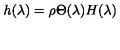
h ( \lambda ) = \rho \Theta ( \lambda ) H ( \lambda )